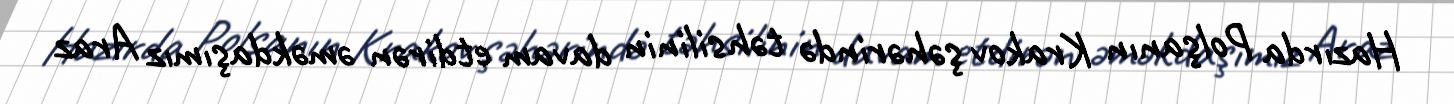
Hazırda Polşanın Krakov şəhərində təhsilinin davam etdirən əməkdaşımız Araz